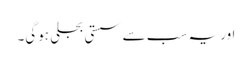
اور یہ سب سے سستی بجلی ہوگی۔